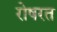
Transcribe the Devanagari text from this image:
रोषरत